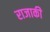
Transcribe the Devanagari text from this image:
राजाकी